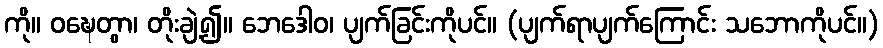
ကို။ ဝဍ္ဎေတွာ၊ တိုးချဲ့၍။ ဘေဒေါဝ၊ ပျက်ခြင်းကိုပင်။ (ပျက်ရာပျက်ကြောင်း သဘောကိုပင်။)